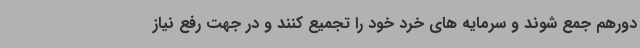
دورهم جمع شوند و سرمایه های خرد خود را تجمیع کنند و در جهت رفع نیاز